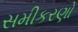
સમીકરણો